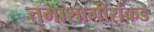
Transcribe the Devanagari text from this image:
तमाशागीरांकडे